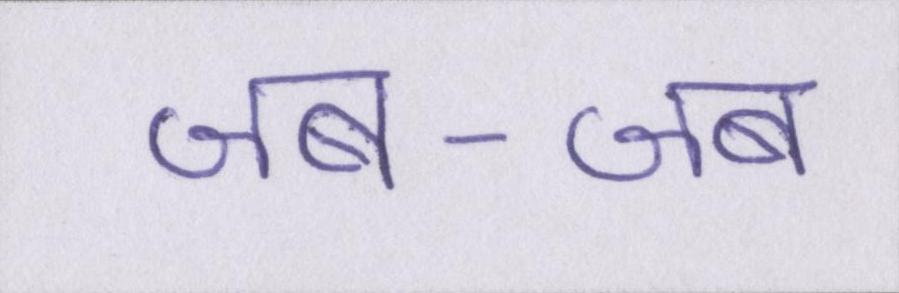
जब-जब